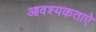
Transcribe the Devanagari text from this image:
आवश्यकताऐ